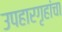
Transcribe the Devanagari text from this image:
उपहारगृहांचा